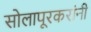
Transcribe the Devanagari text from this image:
सोलापूरकरांनी